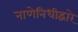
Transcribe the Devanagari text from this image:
नाणेनिधीद्वारे